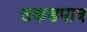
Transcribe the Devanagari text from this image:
उकडपात्र